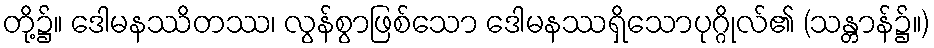
တို့၌။ ဒေါမနဿိတဿ၊ လွန်စွာဖြစ်သော ဒေါမနဿရှိသောပုဂ္ဂိုလ်၏ (သန္တာန်၌။)